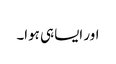
اور ایسا ہی ہوا۔